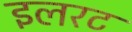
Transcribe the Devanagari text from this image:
इलरट